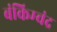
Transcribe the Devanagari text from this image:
बंकिम्चंद्र